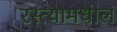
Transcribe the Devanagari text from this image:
रस्त्यामधील